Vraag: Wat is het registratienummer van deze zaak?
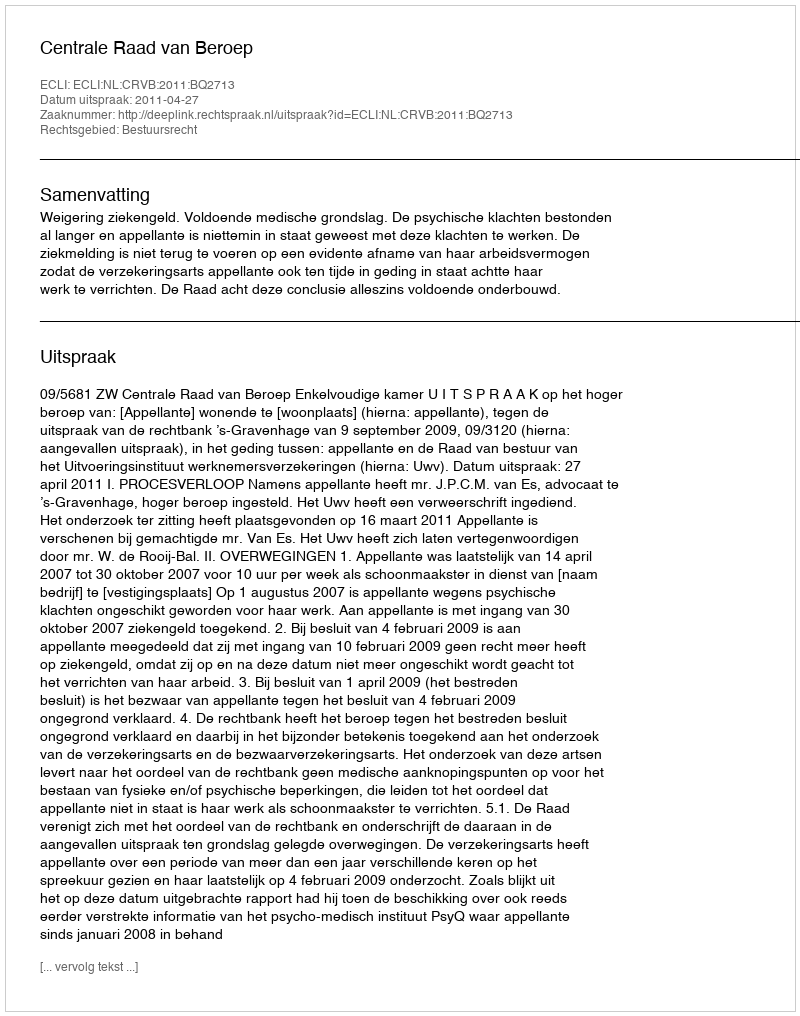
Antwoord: http://deeplink.rechtspraak.nl/uitspraak?id=ECLI:NL:CRVB:2011:BQ2713